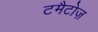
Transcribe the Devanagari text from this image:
टमैटोज़